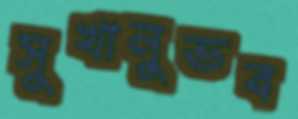
সুখানুভব